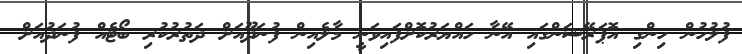
ފުލުހުން ހިންގި އޮޕަރޭޝަންގައި އޭނާ ހައްޔަރުކޮށްފައިވަނީ މާލެއިން ފުނަދޫއަށް ދަތުރުކުރި ބޯޓެއް ފުނަދުއަށް